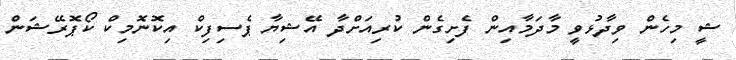
ޝީ މިހެން ވިދާޅުވީ މާދަމާއިން ފެށިގެން ކުރިއަށްދާ އޭޝިޔާ ޕެސިފިކް އިކޮނޮމިކް ކޯޕޮރޭޝަން